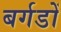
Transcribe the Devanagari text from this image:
बर्गडों